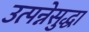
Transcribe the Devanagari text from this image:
उत्पन्नेसुद्धा